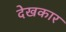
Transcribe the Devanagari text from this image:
देखकार